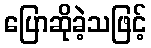
ပြောဆိုခဲ့သဖြင့်